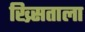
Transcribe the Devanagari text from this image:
ख्र्सिताला